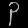
Digit: ၃